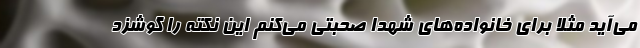
می‌آید مثلا برای خانواده‌های شهدا صحبتی می‌کنم این نکته را گوشزد